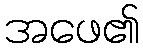
အဖေ၏